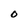
Character: O